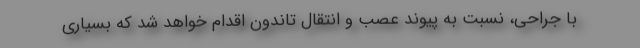
با جراحی، نسبت به پیوند عصب و انتقال تاندون اقدام خواهد شد که بسیاری